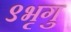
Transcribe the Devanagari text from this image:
९भृगु